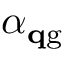
\alpha _ { { \mathbf { q } } \mathrm { { g } } }